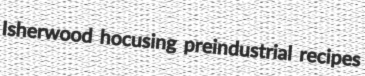
Isherwood hocusing preindustrial recipes